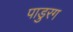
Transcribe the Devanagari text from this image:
पाडुरग